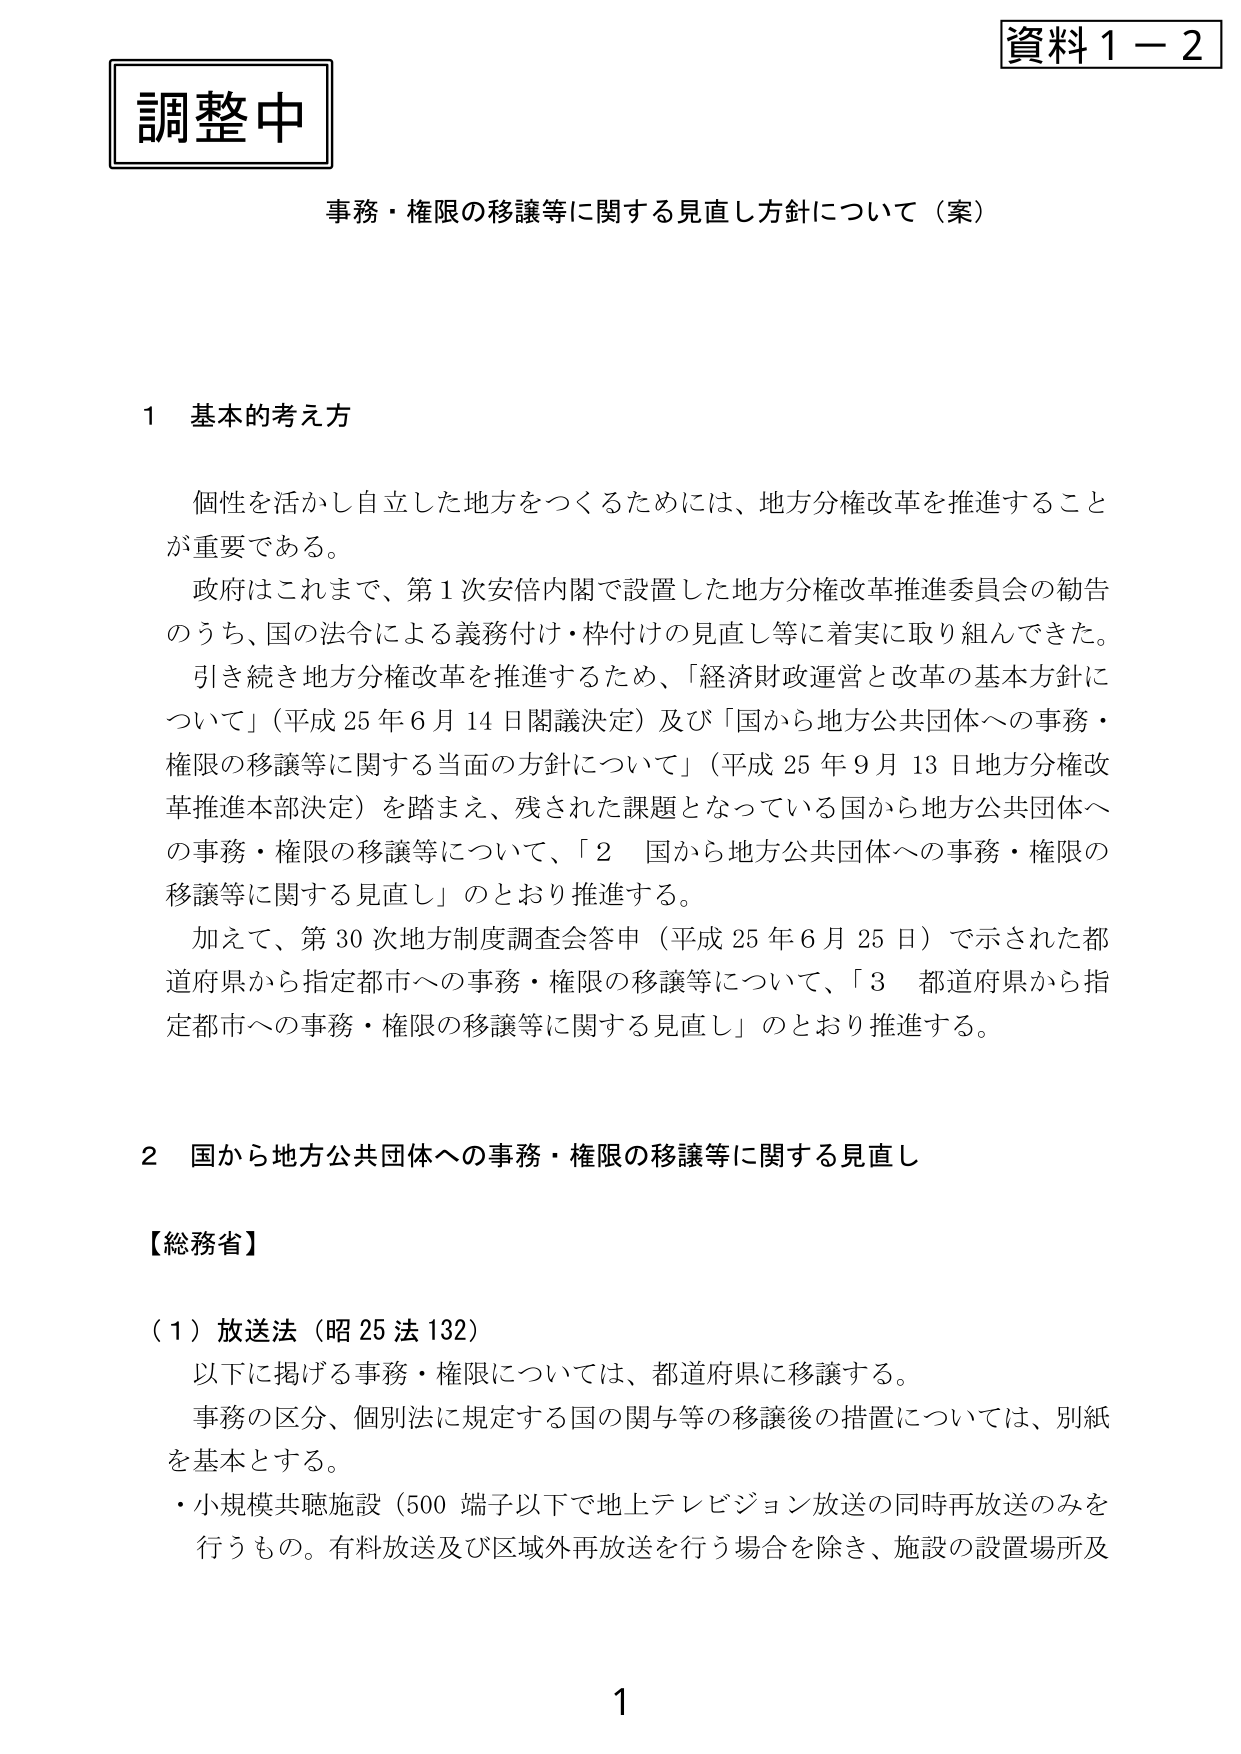
資料１－２
調整中
事務・権限の移譲等に関する見直し方針について（案）

１ 基本的考え方

　個性を活かし自立した地方をつくるためには、地方分権改革を推進することが重要である。
　政府はこれまで、第１次安倍内閣で設置した地方分権改革推進委員会の勧告のうち、国の法令による義務付け・枠付けの見直し等に着実に取り組んできた。
　引き続き地方分権改革を推進するため、「経済財政運営と改革の基本方針について」（平成25年6月14日閣議決定）及び「国から地方公共団体への事務・権限の移譲等に関する当面の方針について」（平成25年9月13日地方分権改革推進本部決定）を踏まえ、残された課題となっている国から地方公共団体への事務・権限の移譲等について、「２ 国から地方公共団体への事務・権限の移譲等に関する見直し」のとおり推進する。
　加えて、第30次地方制度調査会答申（平成25年6月25日）で示された都道府県から指定都市への事務・権限の移譲等について、「３ 都道府県から指定都市への事務・権限の移譲等に関する見直し」のとおり推進する。

２ 国から地方公共団体への事務・権限の移譲等に関する見直し

【総務省】

（１）放送法（昭25法132）
　以下に掲げる事務・権限については、都道府県に移譲する。
　事務の区分、個別法に規定する国の関与等の移譲後の措置については、別紙を基本とする。
　・小規模共聴施設（500端子以下で地上テレビジョン放送の同時再放送のみを行うもの。有料放送及び区域外再放送を行う場合を除き、施設の設置場所及

1